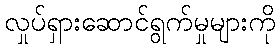
လှုပ်ရှားဆောင်ရွက်မှုများကို